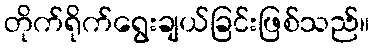
တိုက်ရိုက်ရွေးချယ်ခြင်းဖြစ်သည်။